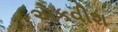
એકવીશ